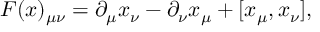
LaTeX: { \cal F } ( x ) _ { \mu \nu } = \partial _ { \mu } x _ { \nu } - \partial _ { \nu } x _ { \mu } + [ x _ { \mu } , x _ { \nu } ] ,